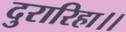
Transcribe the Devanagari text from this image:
दुरारिहा।।